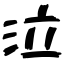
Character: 泣